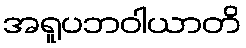
အရူပဘဝါယာတိ